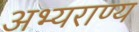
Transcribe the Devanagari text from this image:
अभ्‍यराण्‍य